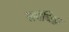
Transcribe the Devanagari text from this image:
सर्पचिह्म